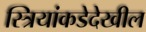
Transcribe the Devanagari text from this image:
स्त्रियांकडेदेखील